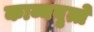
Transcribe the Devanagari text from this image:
काव्यवृत्ते